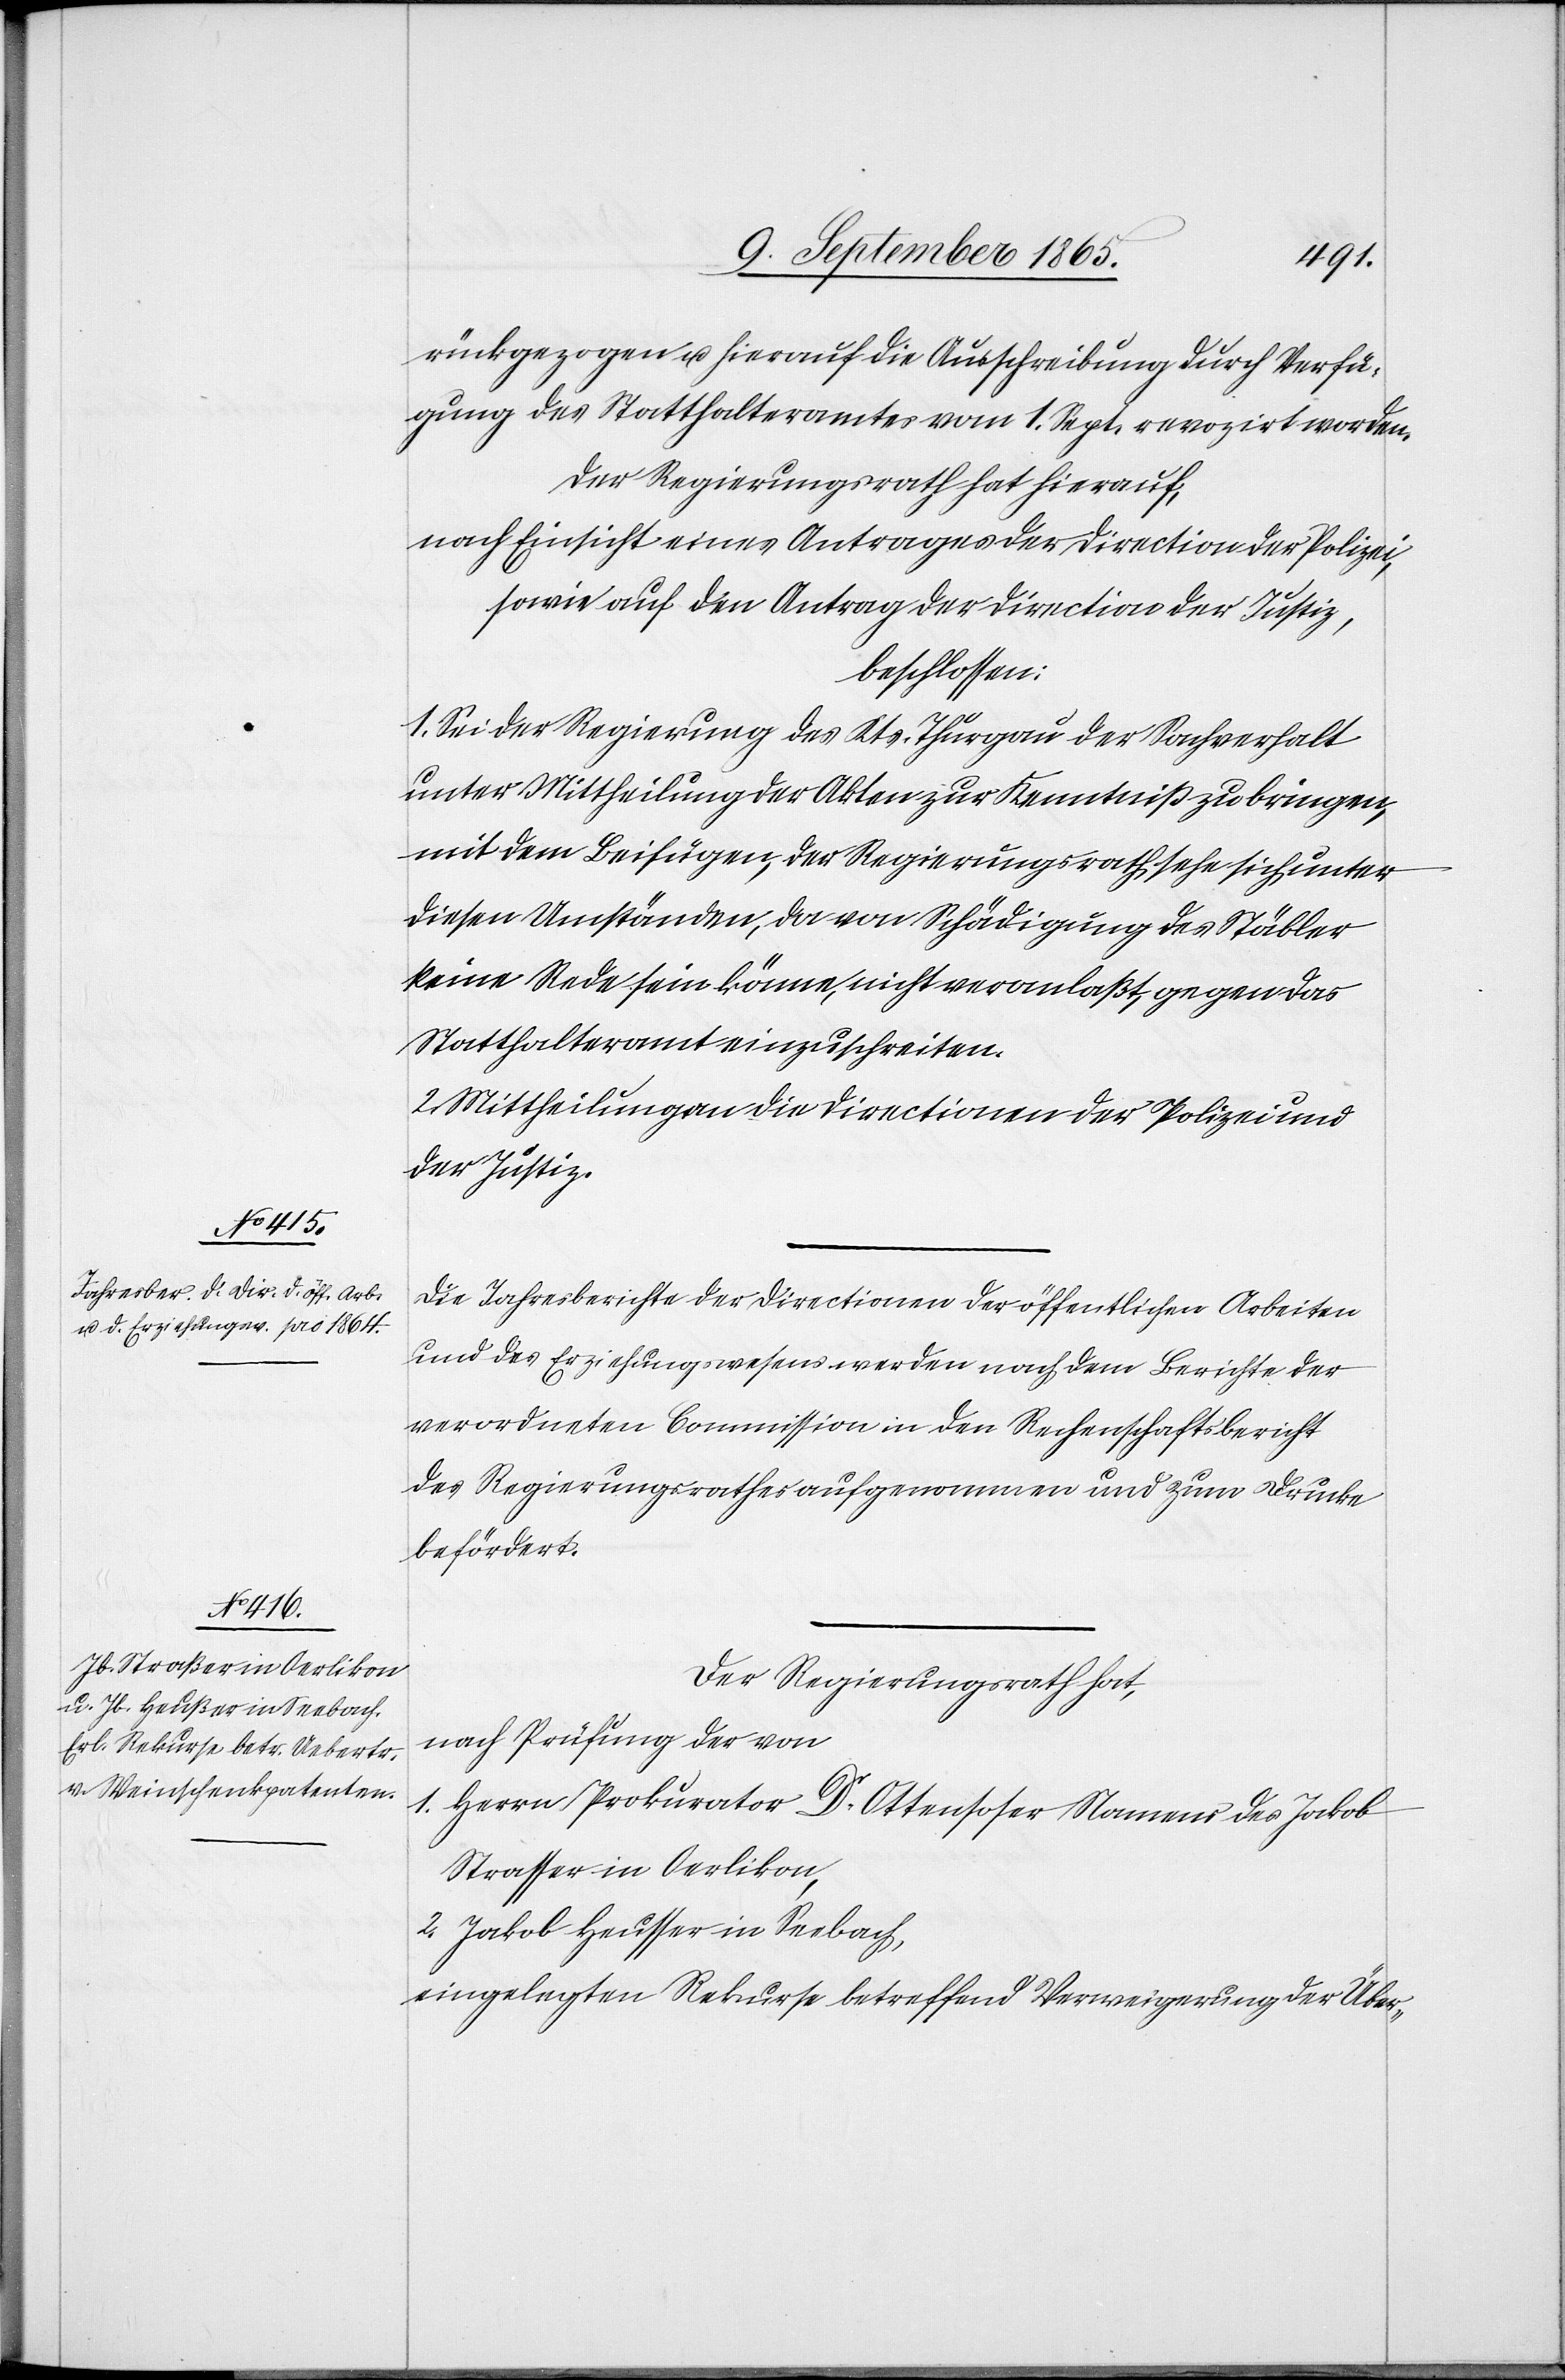
rückgezogen u. hierauf die Ausschreibung durch Verfü¬
gung des Statthalteramtes vom 1. Sept. revozirt worden.
Der Regierungsrath hat hierauf,
nach Einsicht eines Antrages der Direction der Polizei,
sowie auf den Antrag der Direction der Justiz,
beschlossen:
1. Sei der Regierung des Kts. Thurgau der Sachverhalt
unter Mittheilung der Akten zur Kenntniß zu bringen,
mit dem Beifügen, der Regierungsrath sehe sich unter
diesen Umständen, da von Schädigung des Stäbler
keine Rede sein könne, nicht veranlaßt, gegen das
Statthalteramt einzuschreiten.
2. Mittheilung an die Directionen der Polizei und
der Justiz.
Die Jahresberichte der Directionen der öffentlichen Arbeiten
und des Erziehungswesens werden nach dem Berichte der
verordneten Commission in den Rechenschaftsbericht
des Regierungsrathes aufgenommen und zum Drucke
befördert.
Der Regierungsrath hat,
nach Prüfung der von
1. Herrn Prokurator Dr Ottensoser Namens des Jakob
Strasser in Oerlikon,
2. Jakob Heusser in Seebach,
eingelegten Rekurse betreffend Verweigerung der Über-